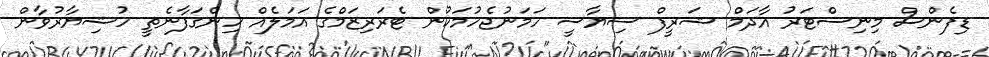
ޑިފެންސް މިނިސްޓަރު އާދަމް ޝަރީފް ސިޔާސީ ހަމަނުޖެހުމަކުން ޓެރަރިޒަމްގެ އަމަލެއް ހިންގަފާނެތީ ހުޝިޔާރުވާން